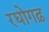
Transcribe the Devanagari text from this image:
रघोगढ़